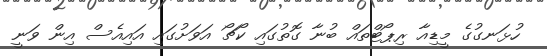
ހުޅަނގުގެ މީޑިއާ ރިޕޯޓްތައް ބުނާ ގޮތުގައި ކޯޗޯ އަވަށުގައި އައިއެސް އިން ވަނީ